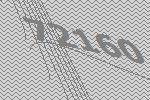
72160